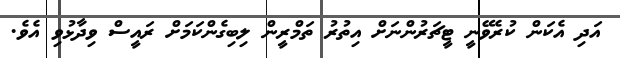
އަދި އެކަން ކުރެވޭނީ ޓީޗަރުންނަށް އިތުރު ތަމްރީން ލިބިގެންކަމަށް ރައީސް ވިދާޅުވި އެވެ.